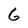
Character: 6